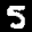
Label: 5